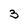
Character: 3